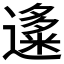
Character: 𬩍